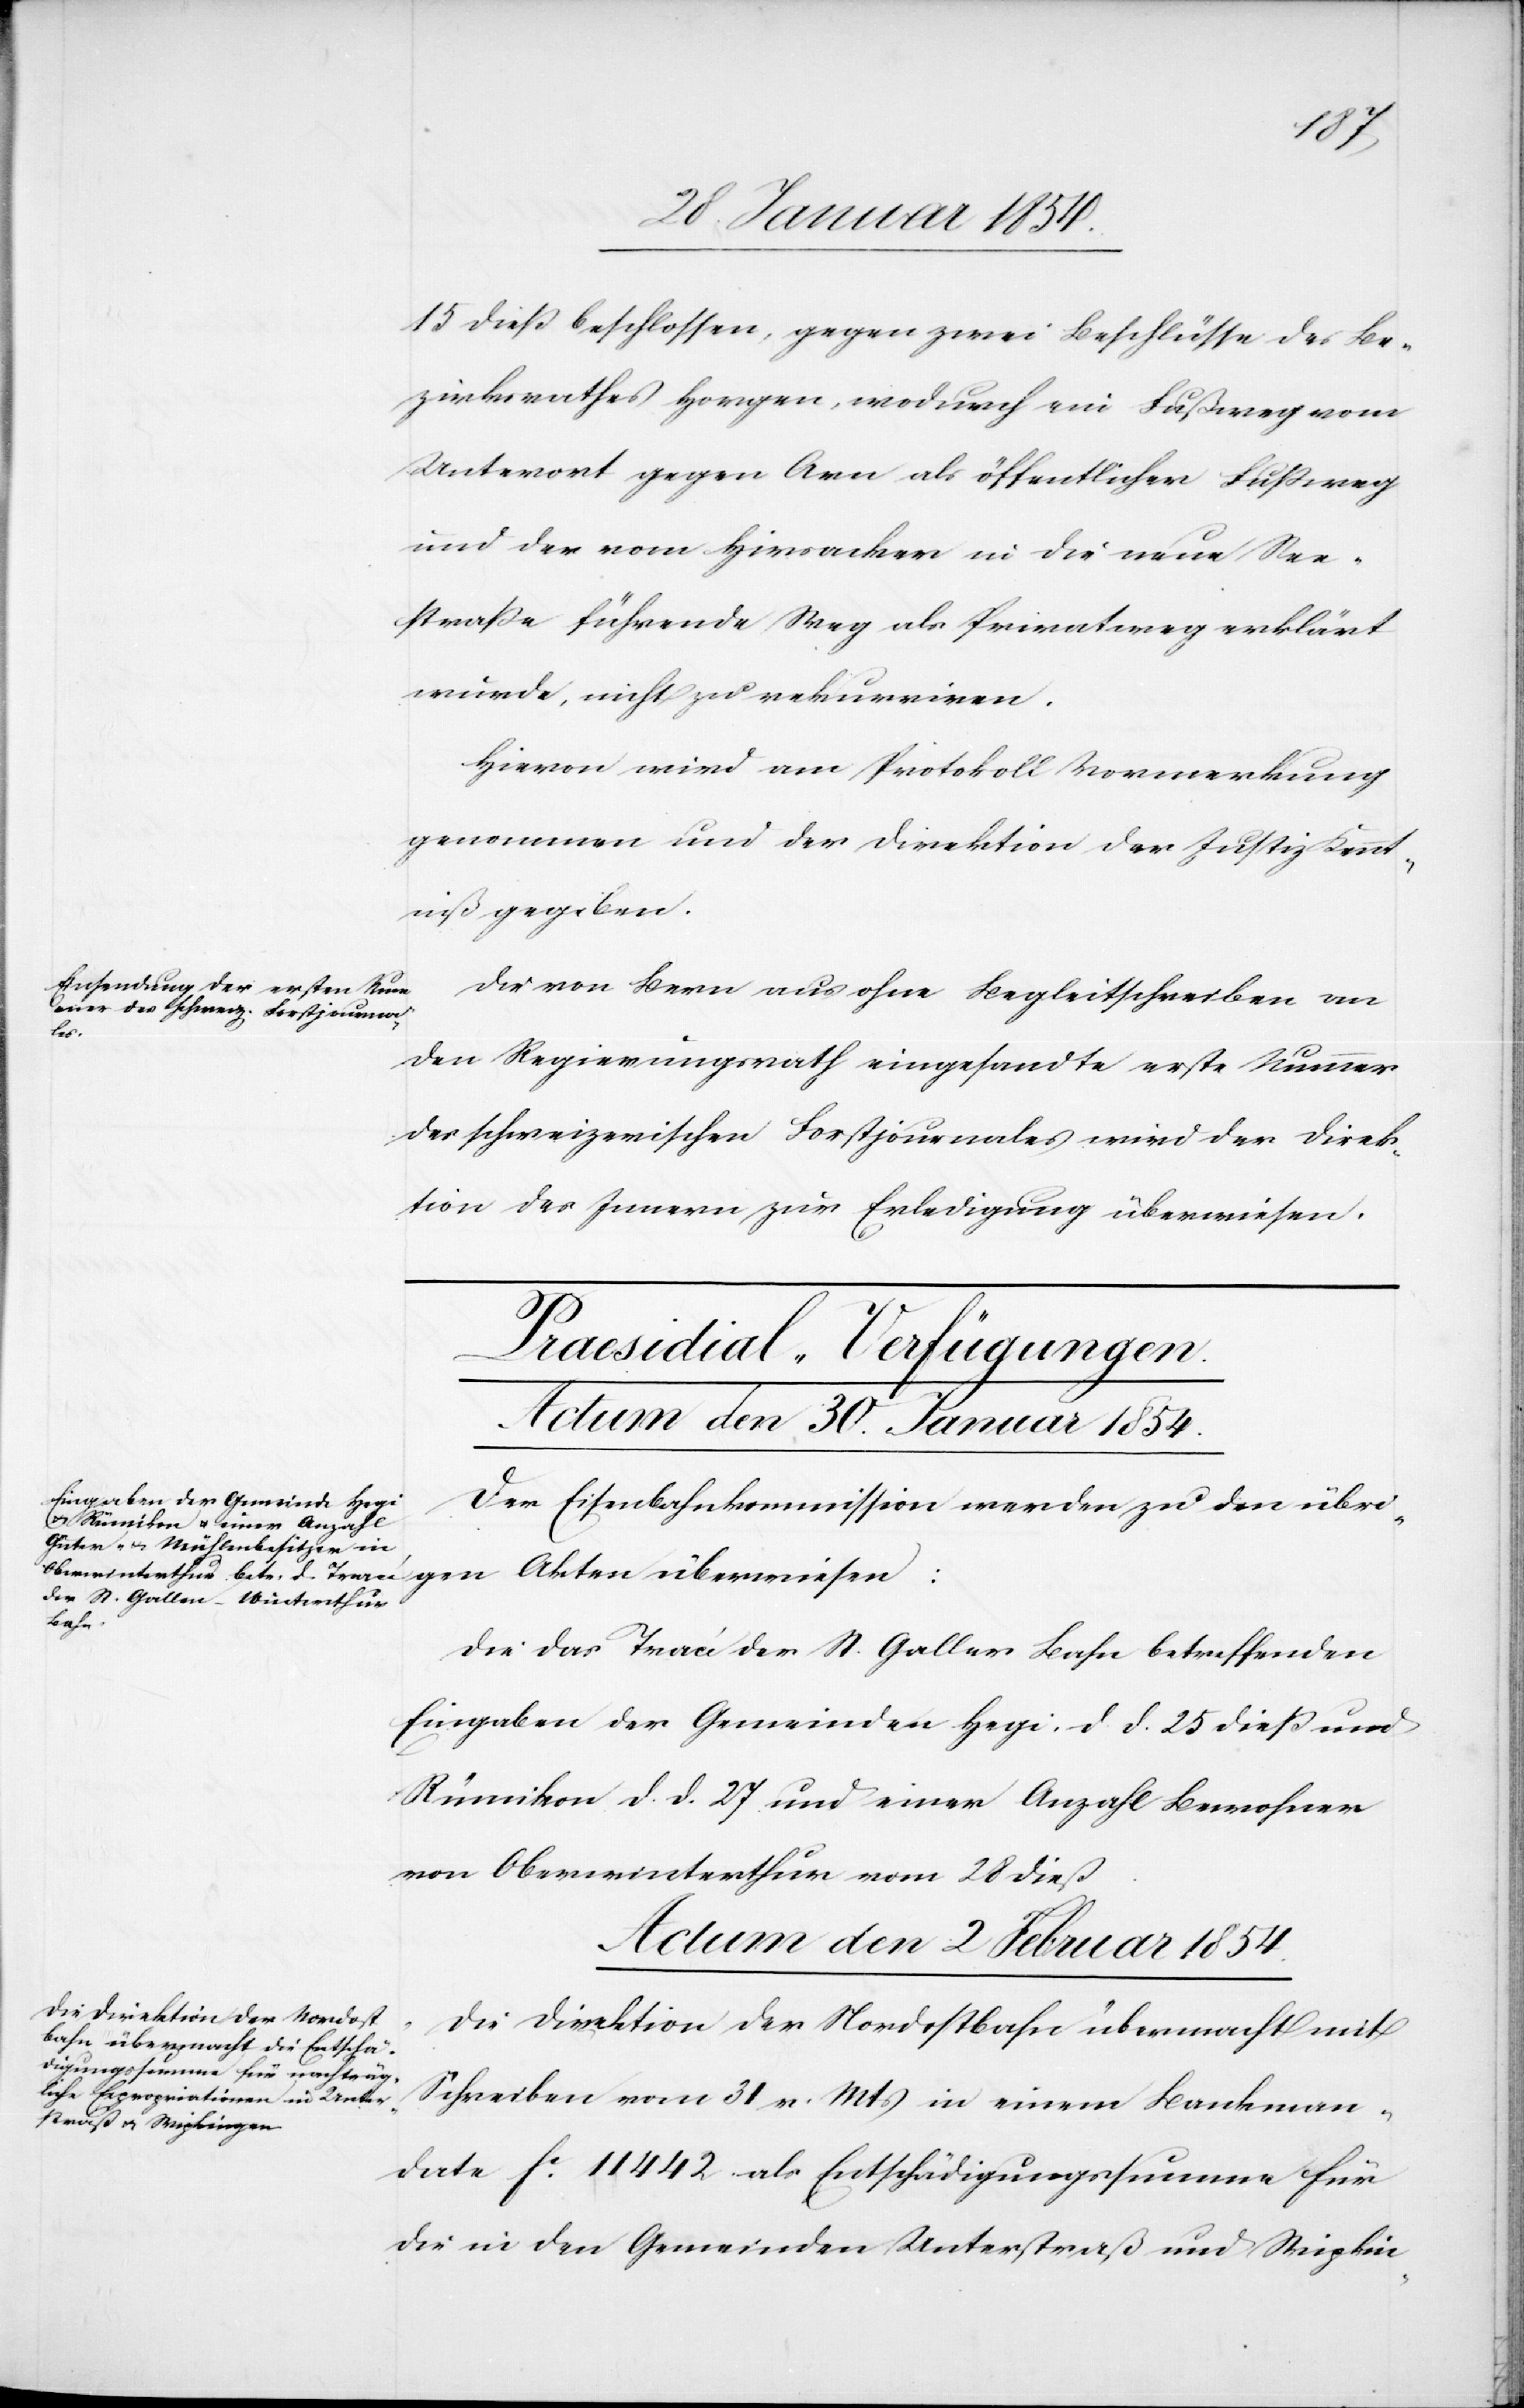
15 dieß beschlossen, gegen zwei Beschlüsse des Be¬
zirksrathes Horgen, wodurch ein Fußweg vom
Unterort gegen Arn als öffentlicher Fußweg
und der vom Hirsacker in die neue See¬
straße führende Weg als Privatweg erklärt
wurde, nicht zu rekurriren.
Hievon wird am Protokoll Vormerkung
genommen und der Direktion der Justiz Kennt¬
niß gegeben.
Die von Bern aus ohne Begleitschreiben an
iesen:
den Regierungsrath eingesandte erste Nummer
des schweizerischen Forstjournales wird der Direk¬
tion des Innern zur Erledigung überwiesen.
[Praesidial-Verfügungen.]
Actum den 30. Januar 1854.
Der Eisenbahnkommission werden zu den übri¬
Die das Tracé der St. Gallen Bahn betreffenden
Eingaben der Gemeinden Hegi, d. d. 25 dieß und
Rümikon d. d. 27. und einer Anzahl Bewohner
von Oberwinterthur vom 28 dieß.
Actum den 2 Februar 1854.
Die Direktion der Nordostbahn übermacht mit
Schreiben vom 31 v. Mts in einem Bankman¬
date Fc 11 442 als Entschädigungssumme für
die in den Gemeinden Unterstraß und Wipkin-